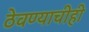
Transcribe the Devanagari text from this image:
ठेवण्याचीही